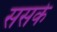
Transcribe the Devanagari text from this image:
ससके